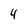
Character: 4